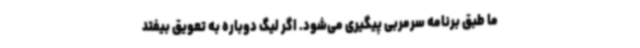
ما طبق برنامه سرمربی پیگیری می‌شود. اگر لیگ دوباره به تعویق بیفتد